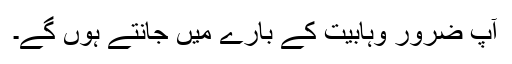
آپ ضرور وہابیت کے بارے میں جانتے ہوں گے۔